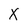
Character: X